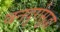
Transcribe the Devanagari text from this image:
वनदुर्गसुद्धा